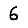
Digit: 6